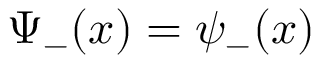
\Psi _ { - } ( x ) = \psi _ { - } ( x )